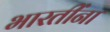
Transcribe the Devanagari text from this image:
भारतींना